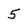
Character: 5